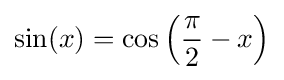
\sin(x)=\cos \left({\frac {\pi }{2}}-x\right)